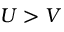
U > V